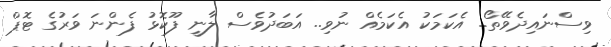
ވިސްނައިދެވޭތޯ.. އެކަމަކު އެކަމެއް ނުވި.. އަބަދުވެސް ލާނީ ފޫކޮޅު ފެންނަ ވަރުގެ ޓޮޕް